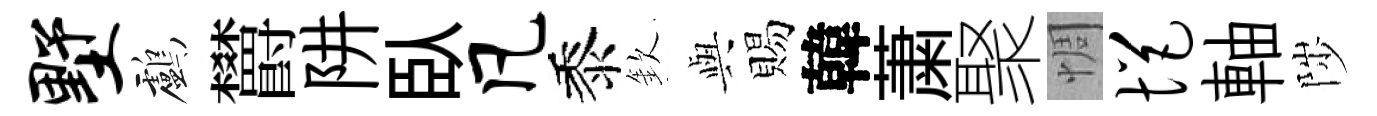
墅鸕欝阱臥凡黍欽𫤰賜韓䔥聚惆悒軸陟